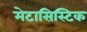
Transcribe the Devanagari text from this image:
मेटासिस्टिक